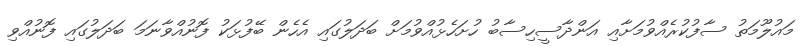
މައުލޫމަތު ސާފުކުރެއްވުމަށާއި އަންދާސީހިސާބު ހުށަހެޅުއްވުމަށް ބަދަލުގައި އެހެން ބޭފުޅަކު ފޮނުއްވާނަމަ ބަދަލުގައި ފޮނުއްވި